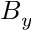
B _ { y }